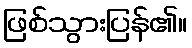
ဖြစ်သွားပြန်၏။